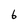
Character: 6